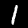
Label: 1